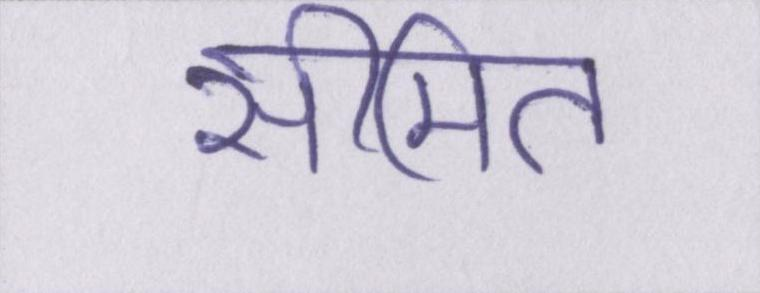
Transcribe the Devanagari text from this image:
सीमित